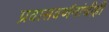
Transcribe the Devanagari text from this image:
प्रवासवर्णनांचीही